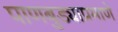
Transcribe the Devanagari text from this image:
पाणबुड्याप्रमाणे